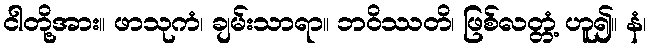
ငါတို့အား။ ဖာသုကံ၊ ချမ်းသာရာ။ ဘဝိဿတိ၊ ဖြစ်လတ္တံ့ ဟူ၍။ နံ၊